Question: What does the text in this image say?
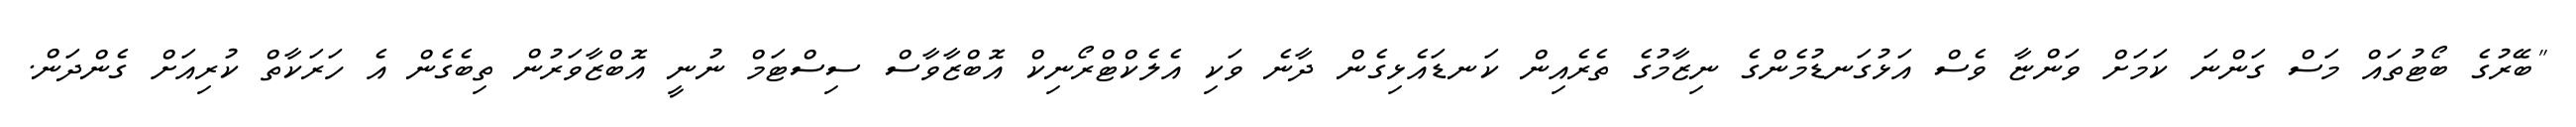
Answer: "ބޭރުގެ ބޯޓުތައް މަސް ގަންނަ ކަމަށް ވަންޏާ ވެސް އަޅުގަނޑުމެންގެ ނިޒާމުގެ ތެރެއިން ކަނޑައެޅިގެން ދާނެ ވަކި އެލެކްޓްރޯނިކް އޮބްޒާވާސް ސިސްޓަމް ނުނީ އޮބްޒާވަރުން ތިބެގެން އެ ހަރަކާތް ކުރިއަށް ގެންދަން.